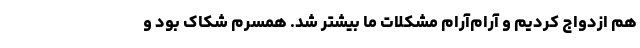
هم ازدواج کردیم و آرام‌آرام مشکلات ما بیشتر ‌شد. همسرم شکاک بود و